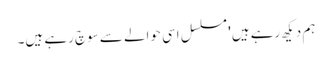
ہم دیکھ رہے ہیں' مسلسل اسی حوالے سے سوچ رہے ہیں۔